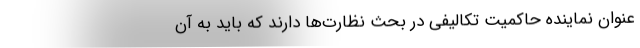
‌عنوان نماینده حاکمیت تکالیفی در بحث نظارت‌ها دارند که باید به آن